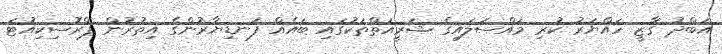
އަބްދު ގާޒީ ހައްޔަރު ކުރި މައްސަލައިގެ ޝަރީއަތްތަކުގައި ބައެއް ފަނޑިޔާރުންގެ އިތުރުން ޕްރޮސިކިއުޓަ